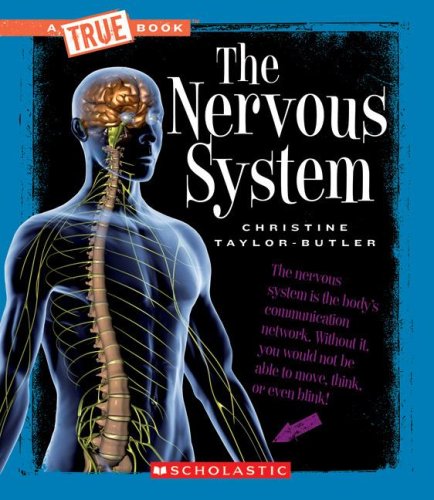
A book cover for The Nervous System (New True Books: Health); Christine Taylor-Butler; Children's Books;